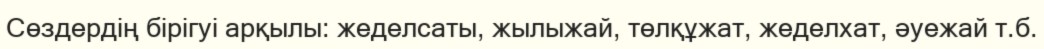
Сөздердің бірігуі арқылы: жеделсаты, жылыжай, төлқұжат, жеделхат, әуежай т.б.